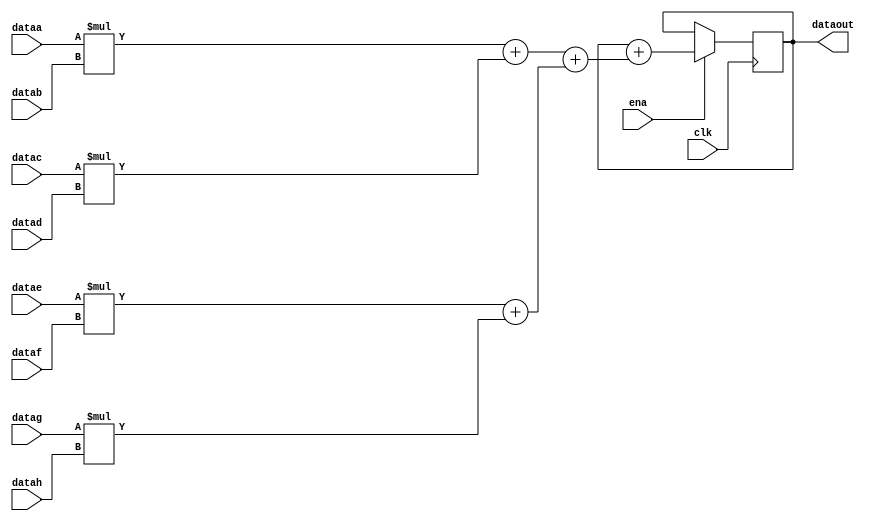
// Quartus II Verilog Template
// Sum-of-four multiply-accumulate
// For use with the Stratix III device family

module sum_of_four_multiply_accumulate
#(parameter INPUT_WIDTH=18, parameter OUTPUT_WIDTH=44)
(
	input clk, ena,
	input [INPUT_WIDTH-1:0] dataa, datab, datac, datad,
	input [INPUT_WIDTH-1:0] datae, dataf, datag, datah,
	output reg [OUTPUT_WIDTH-1:0] dataout
);

	// Each product can be up to 2*INPUT_WIDTH bits wide.
	// The sum of four of these products can be up to 2 bits wider.
	wire [2*INPUT_WIDTH+1:0] mult_sum;

	// Store the results of the operations on the current inputs
	assign mult_sum = (dataa * datab + datac * datad) + (datae * dataf + datag * datah);

	// Store the value of the accumulation
	always @ (posedge clk)
	begin
		if (ena == 1)
		begin
        	    dataout <= dataout + mult_sum;
		end
	end
endmodule